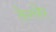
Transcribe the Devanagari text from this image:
तेल्लेर